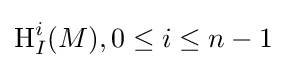
\operatorname {H} _{I}^{i}(M),0\leq i\leq n-1